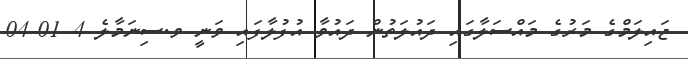
ޖައިލަމްގެ މަރުގެ މައްސަލާގައި ދައުލަތުން ދައުވާ އުފުލާފައި ވަނީ ވ.ސިނަމާލެ 4 01-04